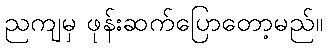
ညကျမှ ဖုန်းဆက်ပြောတော့မည်။